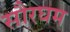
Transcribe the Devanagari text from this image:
सौरघम